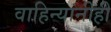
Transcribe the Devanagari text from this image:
वाहिन्यांनीही